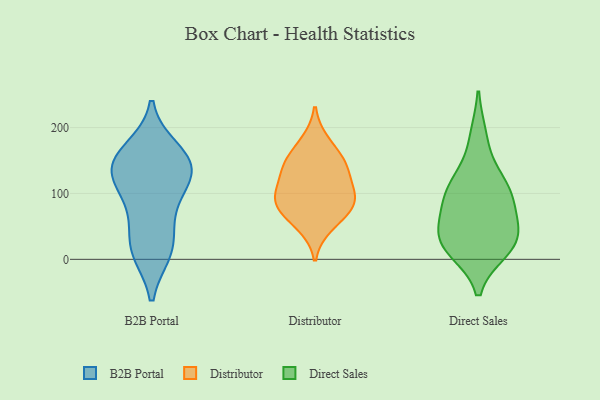
{"axis": {"x": "Revenue (USD Million)", "y": "Value"}, "legend": ["B2B Portal", "Direct Sales", "Distributor"], "data": [{"x": "", "y": 12, "type": "B2B Portal"}, {"x": "", "y": 143, "type": "B2B Portal"}, {"x": "", "y": 122, "type": "B2B Portal"}, {"x": "", "y": 166, "type": "B2B Portal"}, {"x": "", "y": 158, "type": "B2B Portal"}, {"x": "", "y": 66, "type": "B2B Portal"}, {"x": "", "y": 145, "type": "B2B Portal"}, {"x": "", "y": 133, "type": "B2B Portal"}, {"x": "", "y": 15, "type": "B2B Portal"}, {"x": "", "y": 86, "type": "B2B Portal"}, {"x": "", "y": 124, "type": "B2B Portal"}, {"x": "", "y": 19, "type": "B2B Portal"}, {"x": "", "y": 143, "type": "Distributor"}, {"x": "", "y": 74, "type": "Distributor"}, {"x": "", "y": 87, "type": "Distributor"}, {"x": "", "y": 137, "type": "Distributor"}, {"x": "", "y": 102, "type": "Distributor"}, {"x": "", "y": 147, "type": "Distributor"}, {"x": "", "y": 104, "type": "Distributor"}, {"x": "", "y": 81, "type": "Distributor"}, {"x": "", "y": 178, "type": "Distributor"}, {"x": "", "y": 51, "type": "Distributor"}, {"x": "", "y": 121, "type": "Direct Sales"}, {"x": "", "y": 28, "type": "Direct Sales"}, {"x": "", "y": 100, "type": "Direct Sales"}, {"x": "", "y": 25, "type": "Direct Sales"}, {"x": "", "y": 15, "type": "Direct Sales"}, {"x": "", "y": 185, "type": "Direct Sales"}, {"x": "", "y": 111, "type": "Direct Sales"}, {"x": "", "y": 85, "type": "Direct Sales"}, {"x": "", "y": 25, "type": "Direct Sales"}, {"x": "", "y": 70, "type": "Direct Sales"}, {"x": "", "y": 41, "type": "Direct Sales"}]}